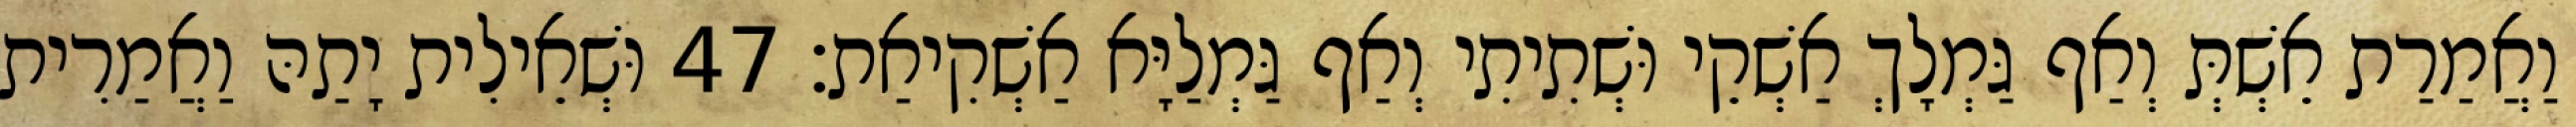
וַאֲמַרַת אֵשְׁתְּ וְאַף גַּמְלָךְ אַשְׁקֵי וּשְׁתִיתִי וְאַף גַּמְלַיָּא אַשְׁקִיאַת׃ 47 וּשְׁאֵילִית יָתַהּ וַאֲמַרִית